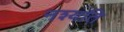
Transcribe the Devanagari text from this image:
नश्यति